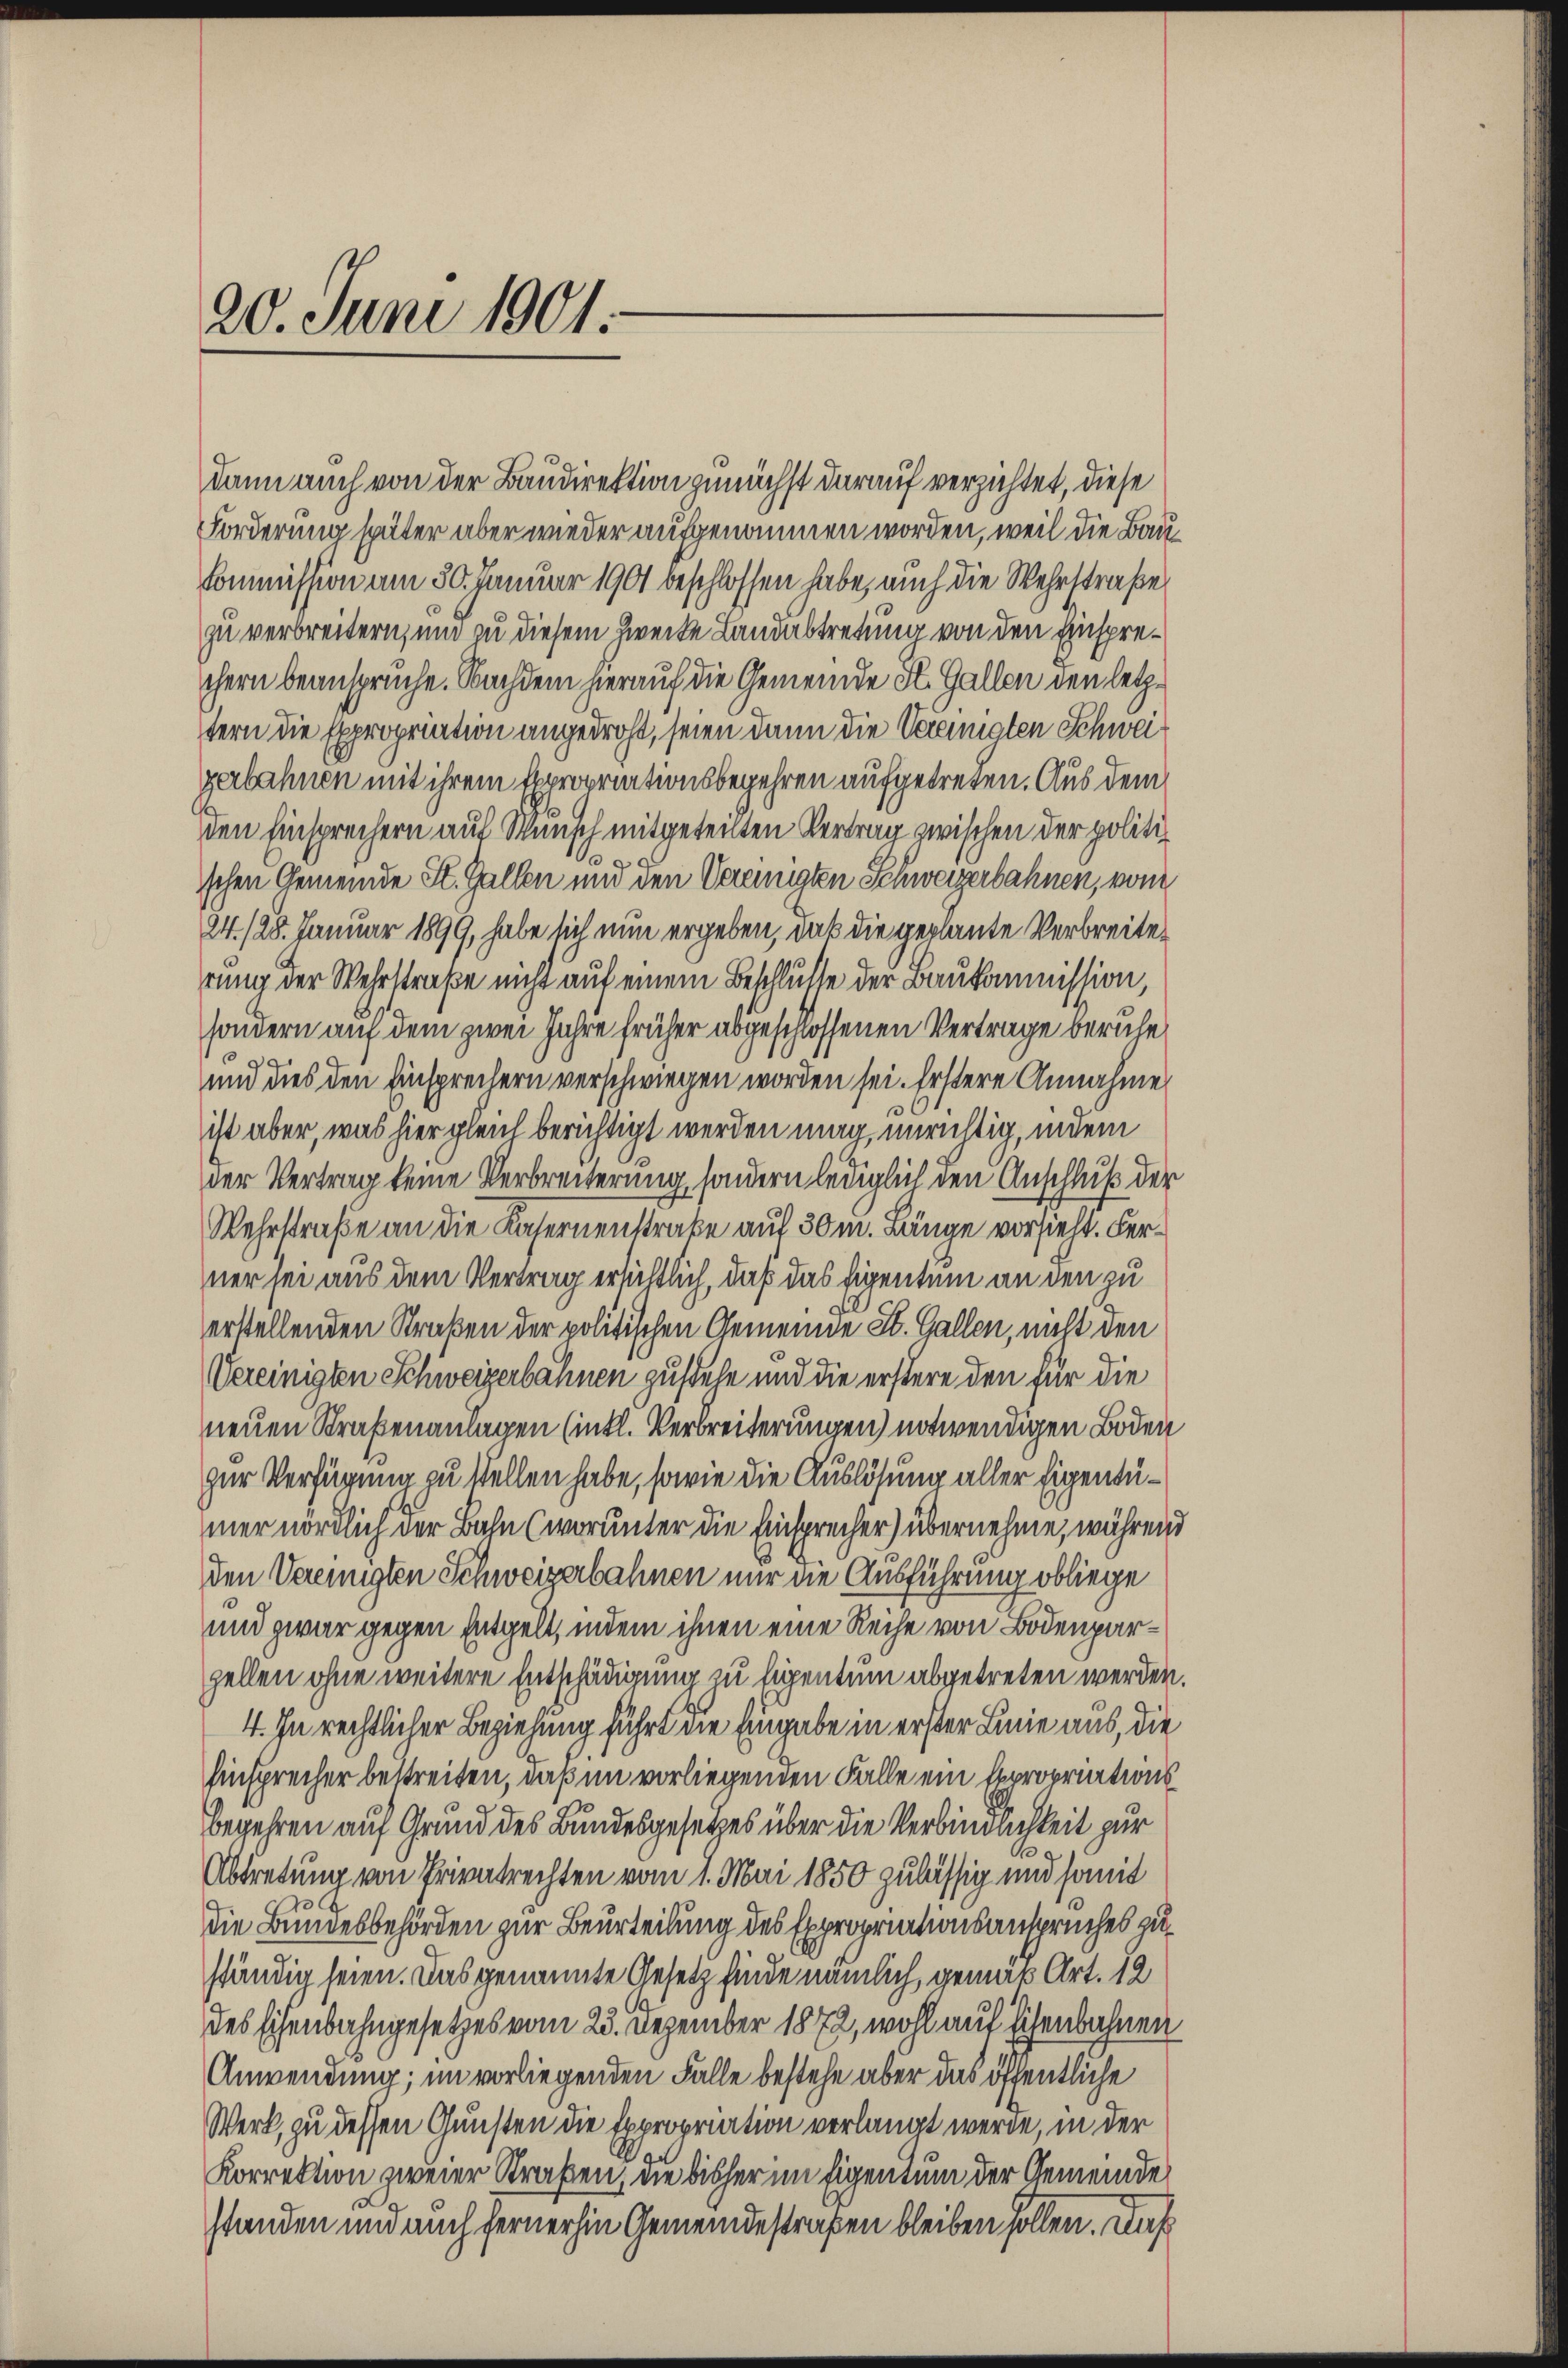
20. Juni 1901.

dann auch von der Baudirektion genächst darauf verzichtet, diese
Forderung später aber wieder aufgenommen worden, weil die Bau¬
Commission am 30. Januar 1901 beschlossen habe, auch die Wehrstraße
zu verbreitern, und zu diesem Zweite Landabtretung von den Einsprechern beansprüche. Nachdem hierauf die Gemeinde K. Gallen den letztern die Expropriation angedroht, seien dann die Vereinigten Schweigerbahnen mit ihrem Expropriationsbegehren aufgetreten. Aus dem
den Einsprechern auf Wunsch mitgeteilten Vertrag zwischen der politischen Gemeinde St. Gallen und den Vereinigten Schweizerbahnen, vom
24. 128. Januar 1899, habe sich nun ergeben, daß die geplaute Verbreiterung der Wehrstraße nicht auf einem Beschlusse der Baukommission,
sondern auf dem zwei Jahre früher abgeschlossenen Vertrage beruhe
und dies den Einsprechern verschwiegen worden sei. Erstere Annahme
ist aber, was hier gleich berichtigt werden mag unrichtig, indem
der Vertrag keine Verbreiterung, sondern lediglich den Anschluß der
Wehrstraße an die Kasernenstrafe auf 30 m. Länge vorsieht. Ferner sei aus dem Vertrag ersichtlich, daß das Eigentum an den zu
erstellenden Straßen der politischen Gemeinde St. Gallen, nicht den
.
Vereinigten Schweizerbahnen zustele und die erstere den für die
neuen Straßenanlagen (intl. Verbreiterungen) notwendigen Boden
zur Verfügung zu stellen habe, sowie die Auslösung aller Eigentumer nördlich der Bahn (worunter die Einsprecher) übernehme, währen
den Vereinigten Schweizerbahnen nur die Ausführung obliege
und zwar gegen Entgelt, indem ihnen eine Reihe von Bodenparzellen ohne weitere Entschädigung zu Eigentum abgetreten werden
4. In rechtlicher Beziehung führt die Eingabe in erster Linie aus, die
Einsprecher bestreiten, daß im vorliegenden Falle ein Expropriationsbegehren auf Grund des Bundesgesetzes über die Verbindachkeit zur
Abtretung von Privatrechten vom 1. Mai 1850 zulässig und somit
die Bundesbehörden zur Beurteilung des Expropriationsanspruches zuständig seien. Das genannte Gesetz finde nämlich gemäß Art. 12
des Eisenbahngesetzes vom 23. Dezember 1872, wohl auf sichenbahnen
Anwendung; im vorliegenden Falle bestehe aber das öffentliche
Werk, zu dessen Gunsten die Expropriation verlangt werde, in der
Korrektion zweier Straßen, die bisher im Eigentum der Gemeinde
standen und auch fernerhin Gemeindestraßen bleiben sollen. Dies